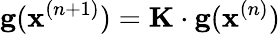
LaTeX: \mathbf{g}(\mathbf{x}^{(n+1)})=\mathbf{K}\cdot\mathbf{g}(\mathbf{x}^{(n)})